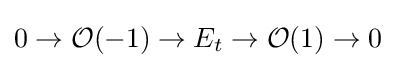
0\to {\mathcal {O}}(-1)\to E_{t}\to {\mathcal {O}}(1)\to 0